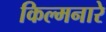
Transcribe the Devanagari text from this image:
किल्मनारे